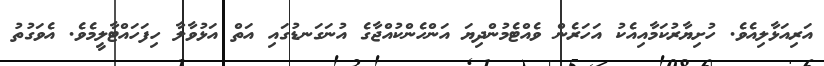
އަރިއަޅާލިއެވެ. ހުށިޔާރުކަމާއިއެކު އަހަރެން ވެއްޓެމުންދިޔަ އަންހެންކުއްޖާގެ އުނަގަނޑުގައި އަތް އަޅުވާލާ ހިފަހައްޓާލީމެވެ. އެވަގުތު